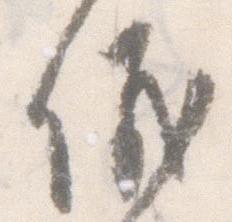
儀